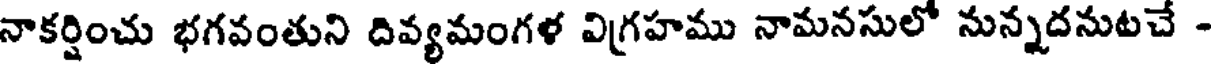
నాకర్షించు భగవంతుని దివ్యమంగళ విగ్రహము నామనసులో నున్నదనుటచే -